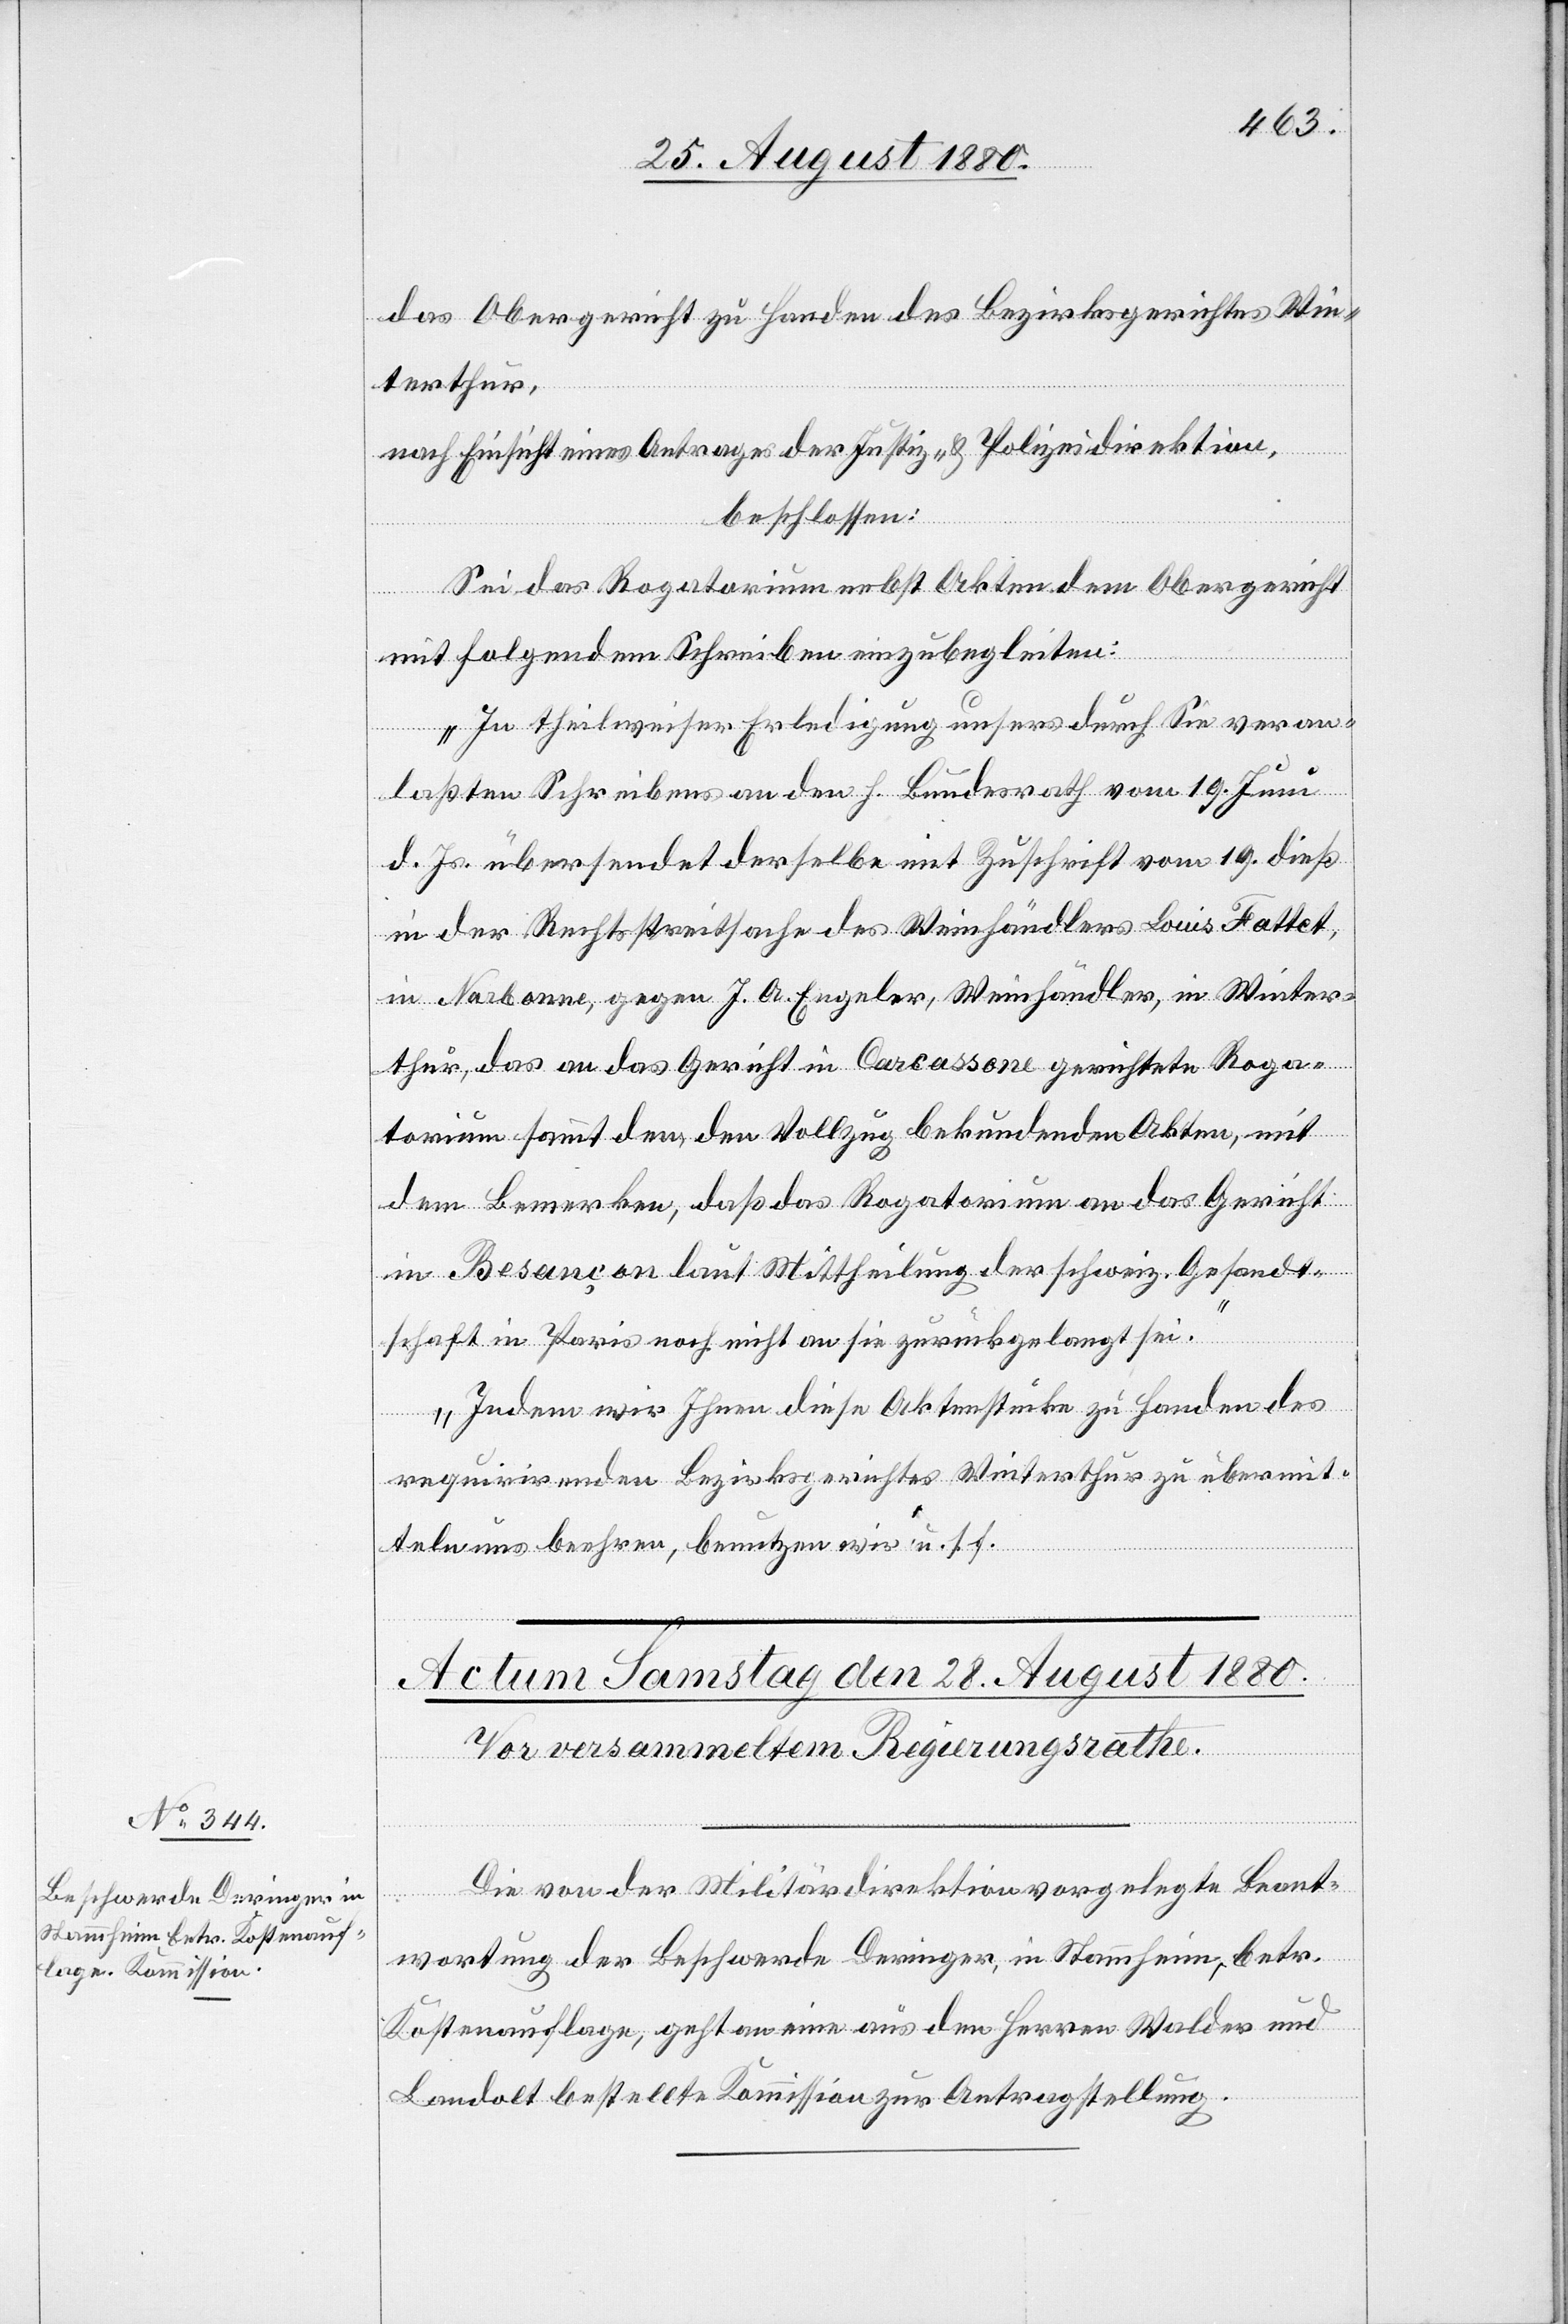
das Obergericht zu Handen des Bezirksgerichtes Win¬
terthur,
nach Einsicht eines Antrages der Justiz- & Polizeidirektion,
beschlossen:
Sei das Rogatorium nebst Akten dem Obergericht
mit folgendem Schreiben einzubegleiten:
„In theilweiser Erledigung unsers durch Sie veran¬
laßten Schreibens an den h. Bundesrath vom 19. Juni
d. Js. übersendet derselbe mit Zuschrift vom 19. dieß
in der Rechtsstreitsache des Weinhändlers Louis Fattet,
in Narbonne, gegen J. A. Engeler, Weinhändler, in Winter¬
thur, das an das Gericht in Carcassone gerichtete Roga¬
torium sammt den, den Vollzug bekundenden Akten, mit
dem Bemerken, daß das Rogatorium an das Gericht
in Besançon laut Mittheilung der schweiz. Gesandt¬
schaft in Paris noch nicht an sie zurückgelangt sei.
Indem wir Ihnen diese Aktenstücke zu Handen des
requirirenden Bezirksgerichtes Winterthur zu übermit¬
teln uns beehren, benutzen wir“ u. s. f.
Die von der Militärdirektion vorgelegte Beant¬
wortung der Beschwerde Deringer, in Stammheim, betr.
Kostenauflage, geht an eine aus den Herren Walder und
Landolt bestellte Kommission zur Antragstellung.